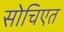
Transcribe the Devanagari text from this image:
सोचिएत